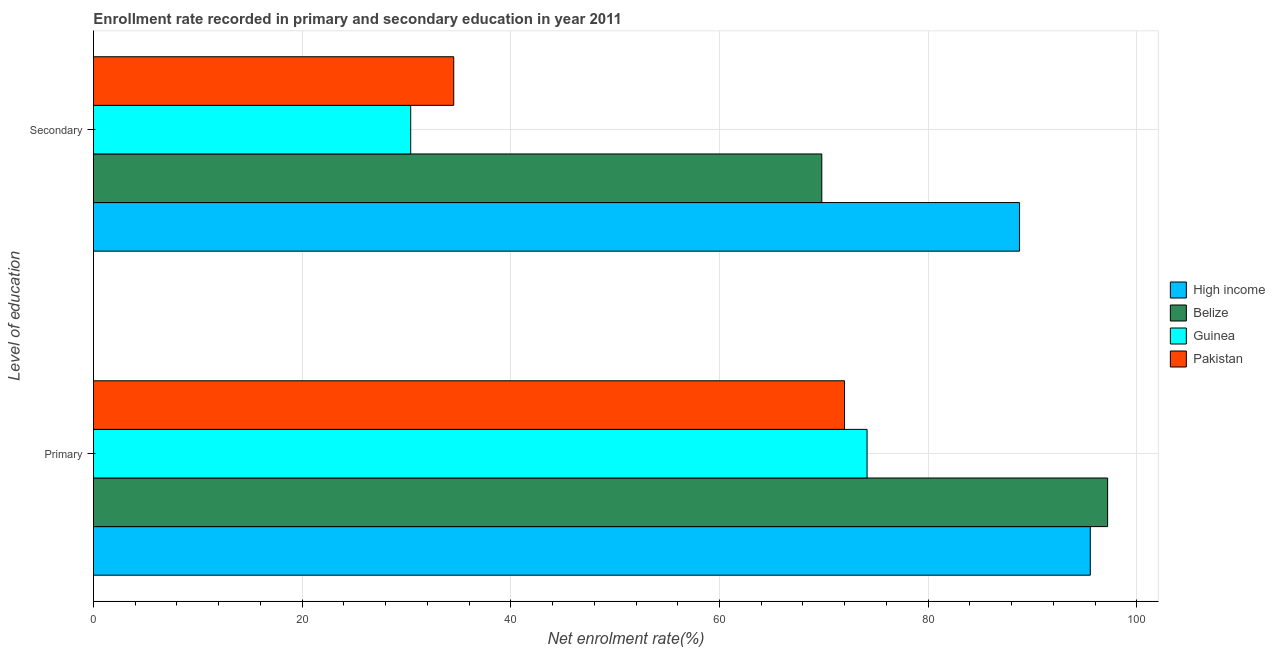
| Level of education | High income | Belize | Guinea | Pakistan |
 | --- | --- | --- | --- | --- |
 | Primary | 95.5 | 97.2 | 74.1 | 72 |
 | Secondary | 88.8 | 69.8 | 30.4 | 34.5 |